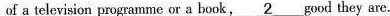
of a television programme or a book, \underline{2} good they are.